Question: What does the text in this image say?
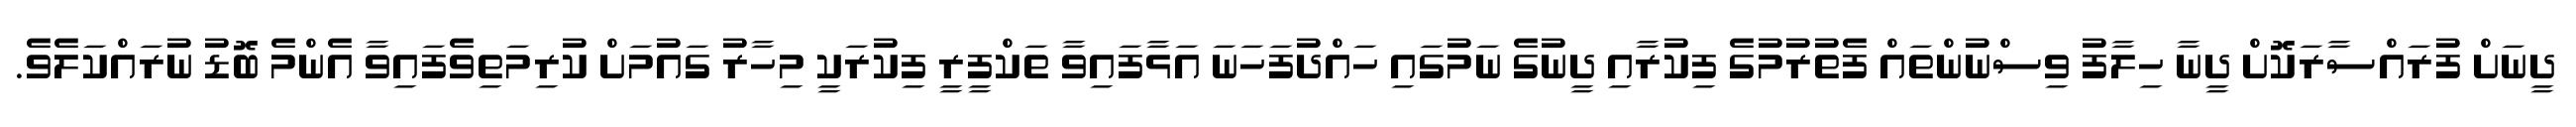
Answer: ދީނަށް ފުރައްސާރަކޮށް ދީނާ ހިލާފު ވިސްނުންތައް ފެތުރުމުގެ ފިކުރާއި ދީނުގެ ނަމުގައި ހައްދުފަހަނަ އަޅާފައިވާ ތަކްފީރީ ފިކުރަކީ މިހާރު ގައުމަށް ކުރިމަތިވެފައިވާ އެންމެ ބޮޑު ނުރައްކަލެވެ.